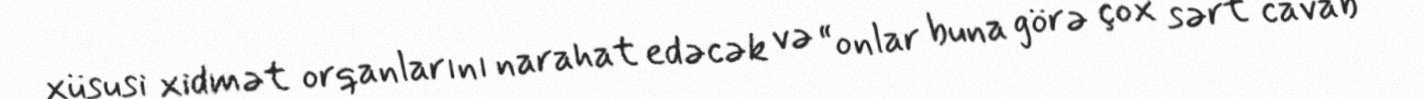
xüsusi xidmət orqanlarını narahat edəcək və “onlar buna görə çox sərt cavab